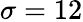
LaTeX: \sigma=12